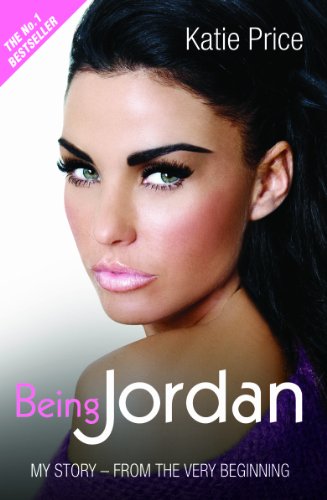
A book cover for Being Jordan: My Autobiography; Katie Price; Arts & Photography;